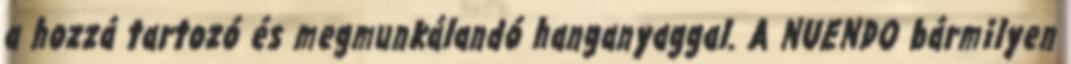
a hozzá tartozó és megmunkálandó hanganyaggal. A NUENDO bármilyen